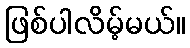
ဖြစ်ပါလိမ့်မယ်။